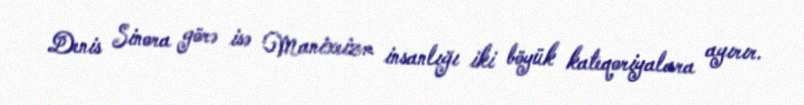
Denis Sinora görə isə Manixeizm insanlığı iki böyük kateqoriyalara ayırır.